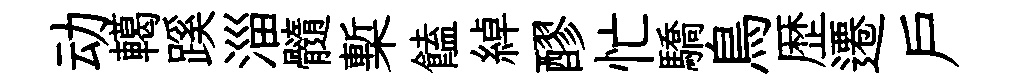
动轕蹊淄髓槧饁綽醪忙驕鳥歴遷户